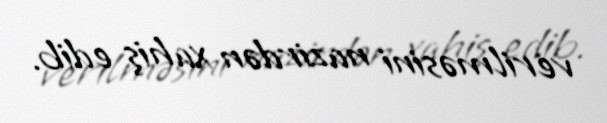
verilməsini nazirdən xahiş edib.